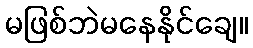
မဖြစ်ဘဲမနေနိုင်ချေ။